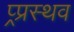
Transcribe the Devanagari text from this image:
प्र्प्रस्थव